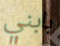
بابني